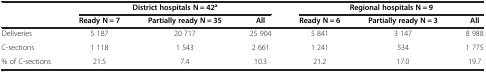
| <ROWSPAN=2>  | <COLSPAN=3> District hospitals N = 42a | <COLSPAN=3> Regional hospitals N = 9 |
 | Ready N = 7 | Partially ready N = 35 | All | Ready N = 6 | Partially ready N = 3 | All |
 | --- | --- | --- | --- | --- | --- | --- |
 | Deliveries | 5 187 | 20 717 | 25 904 | 5 841 | 3 147 | 8 988 |
 | C-sections | 1 118 | 1 543 | 2 661 | 1 241 | 534 | 1 775 |
 | % of C-sections | 21.5 | 7.4 | 10.3 | 21.2 | 17.0 | 19.7 |